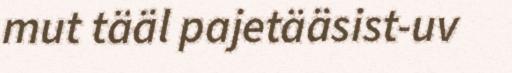
mut tääl pajetääsist-uv